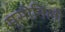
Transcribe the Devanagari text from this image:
मुसोनिली